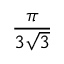
\frac { \pi } { 3 { \sqrt { 3 } } }